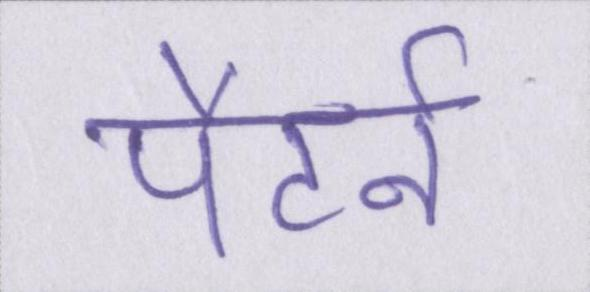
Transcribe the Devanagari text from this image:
पैटर्न